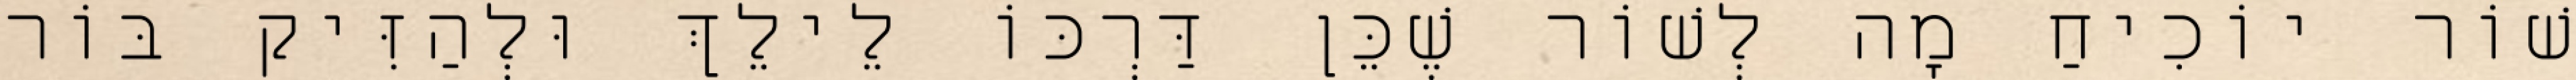
שׁוֹר יוֹכִיחַ מָה לְשׁוֹר שֶׁכֵּן דַּרְכּוֹ לֵילֵךְ וּלְהַזִּיק בּוֹר